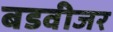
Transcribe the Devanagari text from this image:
बडवीजर